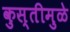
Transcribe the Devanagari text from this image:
कुस्तीमुळे